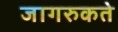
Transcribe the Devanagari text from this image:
जागरुकते